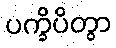
ပက္ခိပိတွာ